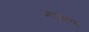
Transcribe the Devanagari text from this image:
अणुकण